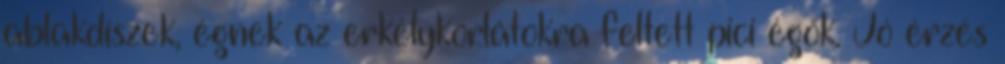
ablakdíszek, égnek az erkélykorlátokra feltett pici égők. Jó érzés